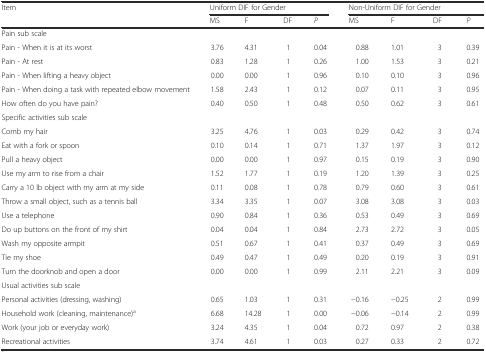
<table><thead><tr><td rowspan="2"><b>Item</b></td><td colspan="4"><b>Uniform DIF for Gender</b></td><td colspan="4"><b>Non-Uniform DIF for Gender</b></td></tr><tr><td><b>MS</b></td><td><b>F</b></td><td><b>DF</b></td><td><b><i>P</i></b></td><td><b>MS</b></td><td><b>F</b></td><td><b>DF</b></td><td><b><i>P</i></b></td></tr></thead><tbody><tr><td colspan="9">Pain sub scale</td></tr><tr><td>Pain - When it is at its worst</td><td>3.76</td><td>4.31</td><td>1</td><td>0.04</td><td>0.88</td><td>1.01</td><td>3</td><td>0.39</td></tr><tr><td>Pain - At rest</td><td>0.83</td><td>1.28</td><td>1</td><td>0.26</td><td>1.00</td><td>1.53</td><td>3</td><td>0.21</td></tr><tr><td>Pain - When lifting a heavy object</td><td>0.00</td><td>0.00</td><td>1</td><td>0.96</td><td>0.10</td><td>0.10</td><td>3</td><td>0.96</td></tr><tr><td>Pain - When doing a task with repeated elbow movement</td><td>1.58</td><td>2.43</td><td>1</td><td>0.12</td><td>0.07</td><td>0.11</td><td>3</td><td>0.95</td></tr><tr><td>How often do you have pain?</td><td>0.40</td><td>0.50</td><td>1</td><td>0.48</td><td>0.50</td><td>0.62</td><td>3</td><td>0.61</td></tr><tr><td colspan="9">Specific activities sub scale</td></tr><tr><td>Comb my hair</td><td>3.25</td><td>4.76</td><td>1</td><td>0.03</td><td>0.29</td><td>0.42</td><td>3</td><td>0.74</td></tr><tr><td>Eat with a fork or spoon</td><td>0.10</td><td>0.14</td><td>1</td><td>0.71</td><td>1.37</td><td>1.97</td><td>3</td><td>0.12</td></tr><tr><td>Pull a heavy object</td><td>0.00</td><td>0.00</td><td>1</td><td>0.97</td><td>0.15</td><td>0.19</td><td>3</td><td>0.90</td></tr><tr><td>Use my arm to rise from a chair</td><td>1.52</td><td>1.77</td><td>1</td><td>0.19</td><td>1.20</td><td>1.39</td><td>3</td><td>0.25</td></tr><tr><td>Carry a 10 lb object with my arm at my side</td><td>0.11</td><td>0.08</td><td>1</td><td>0.78</td><td>0.79</td><td>0.60</td><td>3</td><td>0.61</td></tr><tr><td>Throw a small object, such as a tennis ball</td><td>3.34</td><td>3.35</td><td>1</td><td>0.07</td><td>3.08</td><td>3.08</td><td>3</td><td>0.03</td></tr><tr><td>Use a telephone</td><td>0.90</td><td>0.84</td><td>1</td><td>0.36</td><td>0.53</td><td>0.49</td><td>3</td><td>0.69</td></tr><tr><td>Do up buttons on the front of my shirt</td><td>0.04</td><td>0.04</td><td>1</td><td>0.84</td><td>2.73</td><td>2.72</td><td>3</td><td>0.05</td></tr><tr><td>Wash my opposite armpit</td><td>0.51</td><td>0.67</td><td>1</td><td>0.41</td><td>0.37</td><td>0.49</td><td>3</td><td>0.69</td></tr><tr><td>Tie my shoe</td><td>0.49</td><td>0.47</td><td>1</td><td>0.49</td><td>0.20</td><td>0.19</td><td>3</td><td>0.91</td></tr><tr><td>Turn the doorknob and open a door</td><td>0.00</td><td>0.00</td><td>1</td><td>0.99</td><td>2.11</td><td>2.21</td><td>3</td><td>0.09</td></tr><tr><td colspan="9">Usual activities sub scale</td></tr><tr><td>Personal activities (dressing, washing)</td><td>0.65</td><td>1.03</td><td>1</td><td>0.31</td><td>−0.16</td><td>−0.25</td><td>2</td><td>0.99</td></tr><tr><td>Household work (cleaning, maintenance)<sup>a</sup></td><td>6.68</td><td>14.28</td><td>1</td><td>0.00</td><td>−0.06</td><td>−0.14</td><td>2</td><td>0.99</td></tr><tr><td>Work (your job or everyday work)</td><td>3.24</td><td>4.35</td><td>1</td><td>0.04</td><td>0.72</td><td>0.97</td><td>2</td><td>0.38</td></tr><tr><td>Recreational activities</td><td>3.74</td><td>4.61</td><td>1</td><td>0.03</td><td>0.27</td><td>0.33</td><td>2</td><td>0.72</td></tr></tbody></table>